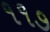
૧૧૭